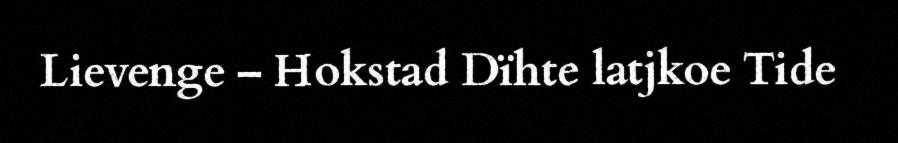
Lievenge – Hokstad Dïhte latjkoe Tide